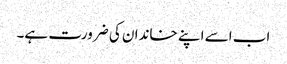
اب اسے اپنے خاندان کی ضرورت ہے۔